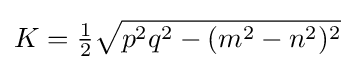
K={\tfrac {1}{2}}{\sqrt {p^{2}q^{2}-(m^{2}-n^{2})^{2}}}